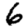
Digit: 6